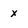
Character: x